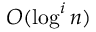
O ( \log ^ { i } n )